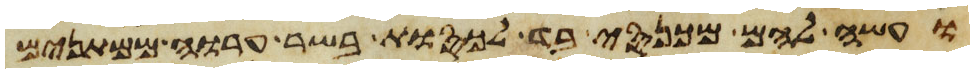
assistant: ועשה להם מכנסי בד לכסות בשר ערוה ממתנים